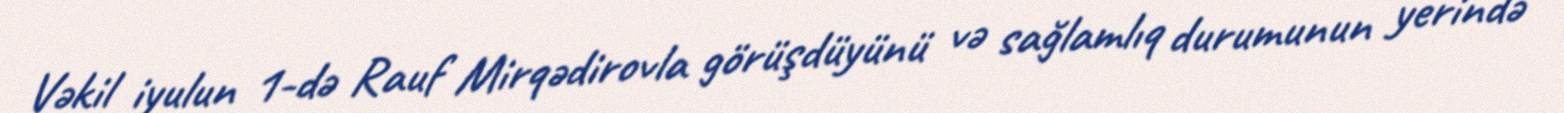
Vəkil iyulun 1-də Rauf Mirqədirovla görüşdüyünü və sağlamlıq durumunun yerində